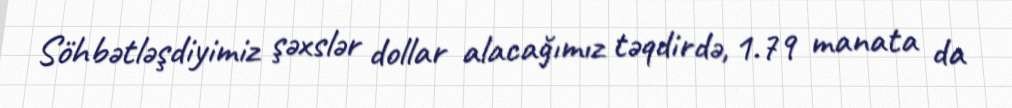
Söhbətləşdiyimiz şəxslər dollar alacağımız təqdirdə, 1.79 manata da